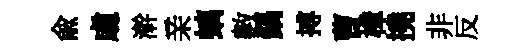
俞䖏澣亲螭數鍋搏曹樟撓非反